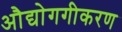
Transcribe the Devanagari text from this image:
औद्योगगीकरण